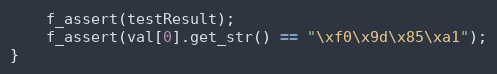
Language: C++
    f_assert(testResult);
    f_assert(val[0].get_str() == "\xf0\x9d\x85\xa1");
}